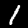
Label: 1